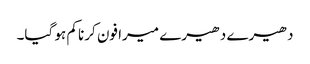
دھیرے دھیرے میرا فون کرنا کم ہو گیا۔